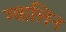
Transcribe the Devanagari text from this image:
ग्वालिन